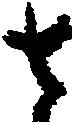
さ